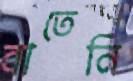
বাতেনি